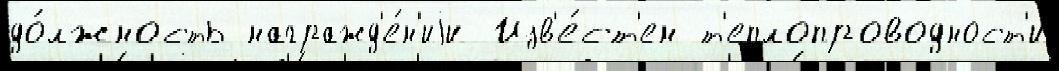
до́лжность награжд'е́н'иjи Изв'е́ст'ен т'еплопроводност'и